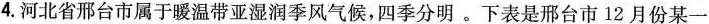
4.河北省邢台市属于暖温带亚湿润季风气候，四季分明。下表是邢台市12月份某一